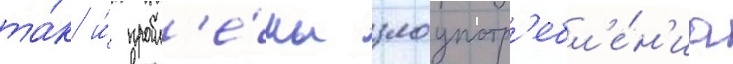
та́к и́ пробл'е́мы злоупотр'ебл'е́н'иа